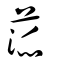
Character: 蒎